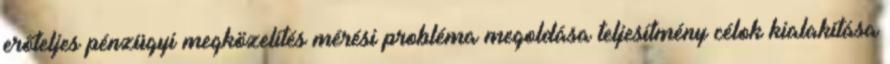
erőteljes pénzügyi megközelítés mérési probléma megoldása teljesítmény célok kialakítása